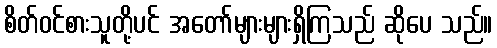
စိတ်ဝင်စားသူတို့ပင် အတော်များများရှိကြသည် ဆိုပေ သည်။